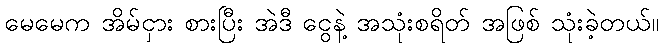
မေမေက အိမ်ငှား စားပြီး အဲဒီ ငွေနဲ့ အသုံးစရိတ် အဖြစ် သုံးခဲ့တယ်။